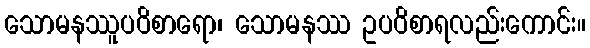
သောမနဿူပဝိစာရော၊ သောမနဿ ဥပဝိစာရလည်းကောင်း။